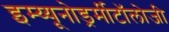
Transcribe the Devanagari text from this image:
इम्य्यूनोडर्र्मीटॉलोजी